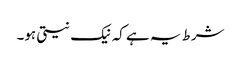
شرط یہ ہے کہ نیک نیتی ہو۔